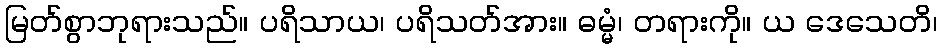
မြတ်စွာဘုရားသည်။ ပရိသာယ၊ ပရိသတ်အား။ ဓမ္မံ၊ တရားကို။ ယ ဒေသေတိ၊